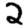
Digit: 2